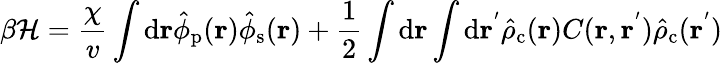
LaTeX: {\beta}\mathcal{H}=\frac{\chi}{v}\int\mathrm{d}{\mathbf{r}}\hat{\phi}_{\mathrm{p}}(\mathbf{r})\hat{\phi}_{\mathrm{s}}(\mathbf{r})+\frac{1}{2}\int\mathrm{d}{\mathbf{r}}\int\mathrm{d}{\mathbf{r^{'}}}\hat{\rho}_{\mathrm{c}}(\mathbf{r})C(\mathbf{r},\mathbf{r^{'}})\hat{\rho}_{\mathrm{c}}(\mathbf{r}^{'})